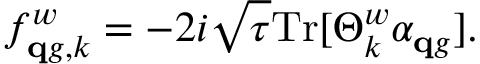
f _ { { \mathbf q g , k } } ^ { w } = - 2 i \sqrt { \tau } \mathrm { T r } [ \Theta _ { k } ^ { w } \alpha _ { \mathbf { q } g } ] .